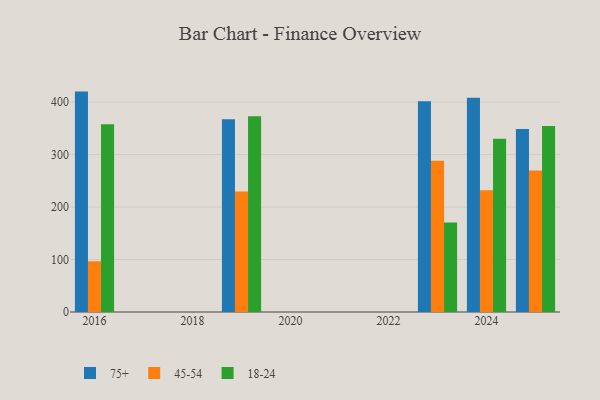
{"axis": {"x": "Year", "y": "Waste Production (Tons)"}, "legend": ["18-24", "45-54", "75+"], "data": [{"x": "2024", "y": 408.1, "type": "75+"}, {"x": "2024", "y": 232.0, "type": "45-54"}, {"x": "2024", "y": 330.1, "type": "18-24"}, {"x": "2025", "y": 348.8, "type": "75+"}, {"x": "2025", "y": 269.8, "type": "45-54"}, {"x": "2025", "y": 354.6, "type": "18-24"}, {"x": "2023", "y": 401.4, "type": "75+"}, {"x": "2023", "y": 288.1, "type": "45-54"}, {"x": "2023", "y": 170.7, "type": "18-24"}, {"x": "2019", "y": 367.1, "type": "75+"}, {"x": "2019", "y": 229.6, "type": "45-54"}, {"x": "2019", "y": 372.8, "type": "18-24"}, {"x": "2016", "y": 420.0, "type": "75+"}, {"x": "2016", "y": 96.7, "type": "45-54"}, {"x": "2016", "y": 357.9, "type": "18-24"}]}